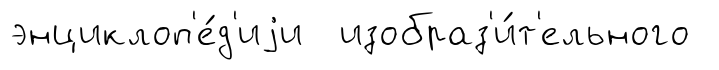
энциклоп'е́д'иjи изобраз'и́т'ельного